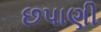
છપાણી